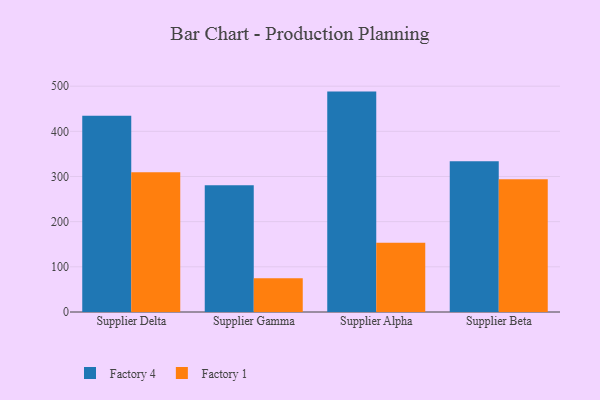
{"axis": {"x": "Supplier", "y": "Revenue (USD Million)"}, "legend": ["Factory 1", "Factory 4"], "data": [{"x": "Supplier Delta", "y": 434.8, "type": "Factory 4"}, {"x": "Supplier Delta", "y": 309.3, "type": "Factory 1"}, {"x": "Supplier Gamma", "y": 280.4, "type": "Factory 4"}, {"x": "Supplier Gamma", "y": 74.9, "type": "Factory 1"}, {"x": "Supplier Alpha", "y": 488.0, "type": "Factory 4"}, {"x": "Supplier Alpha", "y": 153.3, "type": "Factory 1"}, {"x": "Supplier Beta", "y": 333.6, "type": "Factory 4"}, {"x": "Supplier Beta", "y": 293.7, "type": "Factory 1"}]}